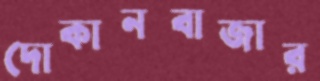
দোকানবাজার